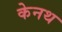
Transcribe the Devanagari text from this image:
केनथ